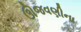
ઊજવણીના